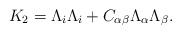
LaTeX: \begin{align*}K_2 = \Lambda_i \Lambda_i + C_{\alpha \beta} \Lambda_\alpha \Lambda_\beta.\end{align*}